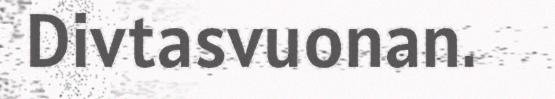
Divtasvuonan.